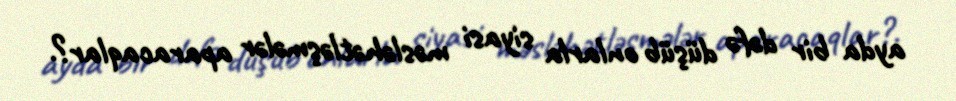
ayda bir dəfə düşüb onlarla siyasi məsləhətləşmələr aparacaqlar?.